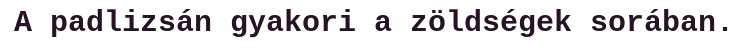
A padlizsán gyakori a zöldségek sorában.